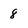
Character: 8